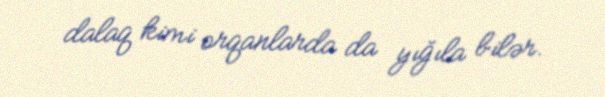
dalaq kimi orqanlarda da yığıla bilər.